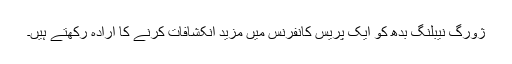
ژورگ نیبلُنگ بُدھ کو ایک پریس کانفرنس میں مزید انکشافات کرنے کا ارادہ رکھتے ہیں۔